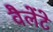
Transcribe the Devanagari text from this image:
वैलेंटे